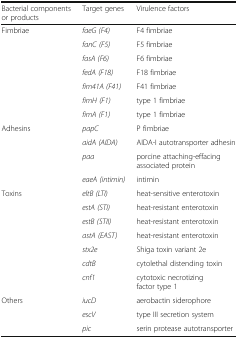
| Bacterial components or products | Target genes | Virulence factors |
 | --- | --- | --- |
 | <ROWSPAN=7> Fimbriae | faeG (F4) | F4 fimbriae |
 | fanC (F5) | F5 fimbriae |
 | fasA (F6) | F6 fimbriae |
 | fedA (F18) | F18 fimbriae |
 | fim41A (F41) | F41 fimbriae |
 | fimH (F1) | type 1 fimbriae |
 | fimA (F1) | type 1 fimbriae |
 | <ROWSPAN=4> Adhesins | papC | P fimbriae |
 | aidA (AIDA) | AIDA-I autotransporter adhesin |
 | paa | porcine attaching-effacing associated protein |
 | eaeA (intimin) | intimin |
 | <ROWSPAN=7> Toxins | eltB (LTI) | heat-sensitive enterotoxin |
 | estA (STI) | heat-resistant enterotoxin |
 | estB (STII) | heat-resistant enterotoxin |
 | astA (EAST) | heat-resistant enterotoxin |
 | stx2e | Shiga toxin variant 2e |
 | cdtB | cytolethal distending toxin |
 | cnf1 | cytotoxic necrotizing factor type 1 |
 | <ROWSPAN=3> Others | iucD | aerobactin siderophore |
 | escV | type III secretion system |
 | pic | serin protease autotransporter |